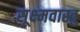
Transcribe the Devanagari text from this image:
सूक्ष्मवास्तु